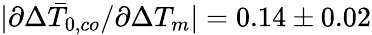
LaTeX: |\partial\Delta\bar{T}_{0,co}/\partial\Delta T_{m}|=0.14\pm 0.02